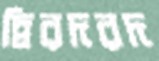
দ্বিরদরদ